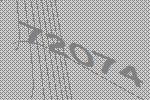
72074